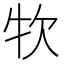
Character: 𤘯